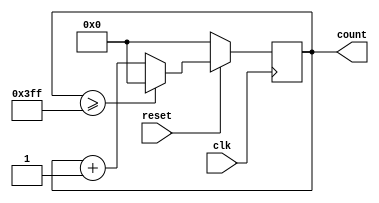
`timescale 1ns / 1ps
//////////////////////////////////////////////////////////////////////////////////
// Company: 
// Engineer: 
// 
// Design Name: 
// Module Name: counter_100
// Project Name: 
// Target Devices: 
// Tool Versions: 
// Description: 
// 
// Dependencies: 
// 
// Revision:
// Revision 0.01 - File Created
// Additional Comments:
// 
//////////////////////////////////////////////////////////////////////////////////


module counter(
    input clk,
    input reset,
    output reg [9:0] count);
    
always @(posedge clk) begin
   if (!reset)
   begin
      count <= 'h0;
   end else if (count >= 1023)
       begin
           count <= 'h0;
       end else 
       begin
           count <= count + 'd1;
       end
end    
endmodule